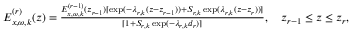
\begin{array} { r } { E _ { x , \omega , k } ^ { ( r ) } ( z ) = \frac { E _ { x , \omega , k } ^ { ( r - 1 ) } ( z _ { r - 1 } ) [ \exp ( - \lambda _ { r , k } ( z - z _ { r - 1 } ) ) + { \cal S } _ { r , k } \exp ( \lambda _ { r , k } ( z - z _ { r } ) ) ] } { [ 1 + { \cal S } _ { r , k } \exp ( - \lambda _ { r , k } d _ { r } ) ] } , \quad z _ { r - 1 } \leq z \leq z _ { r } , } \end{array}